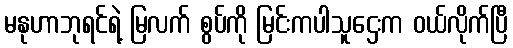
မနုဟာဘုရင်ရဲ့ မြလက် စွပ်ကို မြင်းကပါသူဌေးက ဝယ်လိုက်ပြီ